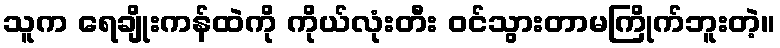
သူက ရေချိုးကန်ထဲကို ကိုယ်လုံးတီး ဝင်သွားတာမကြိုက်ဘူးတဲ့။